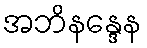
အဘိနန္ဒေန